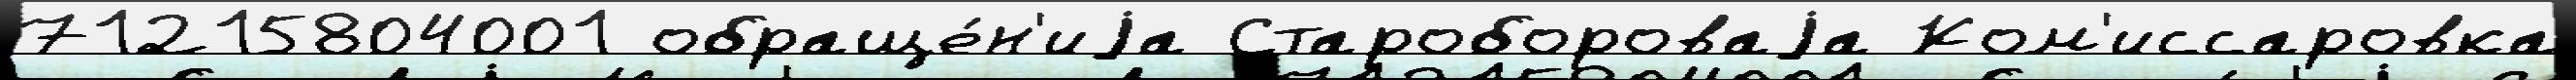
71215804001 обраще́н'иjа Старобороваjа Ком'иссаровка